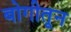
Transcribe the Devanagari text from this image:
बोगीतून